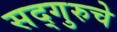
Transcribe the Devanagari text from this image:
सद्गुरुचे